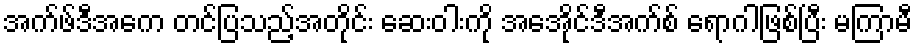
အက်ဖ်ဒီအေက တင်ပြသည့်အတိုင်း ဆေးဝါးကို အေအိုင်ဒီအက်စ် ရောဂါဖြစ်ပြီး မကြာမီ